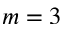
m = 3